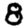
Digit: 8